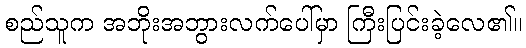
စည်သူက အဘိုးအဘွားလက်ပေါ်မှာ ကြီးပြင်းခဲ့လေ၏။